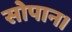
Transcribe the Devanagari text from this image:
सोपान।